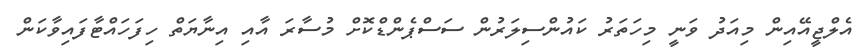
އެލްޖީއޭއިން މިއަދު ވަނީ މިހަތަރު ކައުންސިލަރުން ސަސްޕެންޑްކޮށް މުސާރަ އާއި އިނާޔަތް ހިފަހައްޓާފައިވާކަން